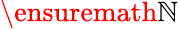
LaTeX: \ensuremath{\mathbb{N}}